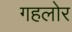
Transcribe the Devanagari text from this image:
गहलोर